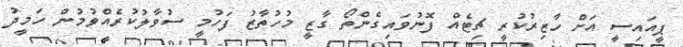
ޕީއައިސީ އަށް ހާޒިރުކުރީ ޗިޓެއް ފޮނުވައިގެންތޯ ގާޒީ މުހުތާޒު ފަހުމީ ސުވާލުކުރެއްވުމުން ހަމީދު